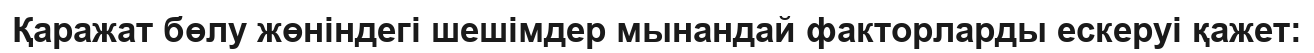
Қаражат бөлу жөніндегі шешімдер мынандай факторларды ескеруі қажет: